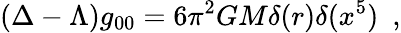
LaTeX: (\Delta-\Lambda){g}_{00}=6\pi^{2}GM\delta(r)\delta(x^{5})~~,